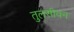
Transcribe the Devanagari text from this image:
तुलसीवन